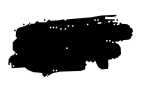
Text: on
Cross-out: scratch
Writing tool: digital_black